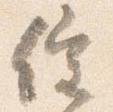
催